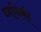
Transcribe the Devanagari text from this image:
ध्‍वनिकी